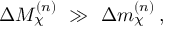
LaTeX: \Delta M _ { \chi } ^ { ( n ) } \ \gg \ \Delta m _ { \chi } ^ { ( n ) } \, ,